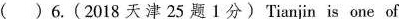
( )6.(2018 天津 25 题1分)Tianjin is one of